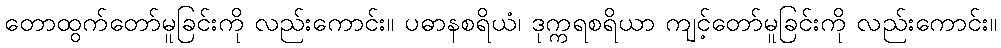
တောထွက်တော်မူခြင်းကို လည်းကောင်း။ ပဓာနစရိယံ၊ ဒုက္ကရစရိယာ ကျင့်တော်မူခြင်းကို လည်းကောင်း။